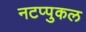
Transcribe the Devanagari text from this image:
नटप्पुकल